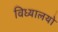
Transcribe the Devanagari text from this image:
विध्यालयो